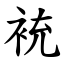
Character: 䘪